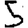
Digit: 5